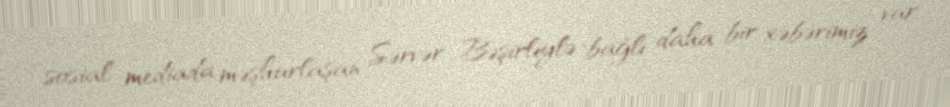
sosial mediada məşhurlaşan Sərvər Bəşirliylə bağlı daha bir xəbərimiz var.